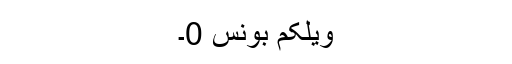
ویلکم بونس 0۔